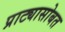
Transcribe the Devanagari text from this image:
प्राट्यासोबत